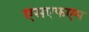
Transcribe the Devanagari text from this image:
एसएफएम